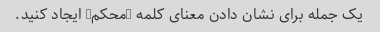
یک جمله برای نشان دادن معنای کلمه "محکم" ایجاد کنید.